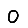
Digit: 0